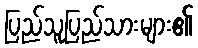
ပြည်သူပြည်သားများ၏